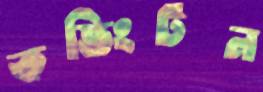
কভিংটন